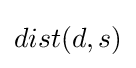
dist(d,s)